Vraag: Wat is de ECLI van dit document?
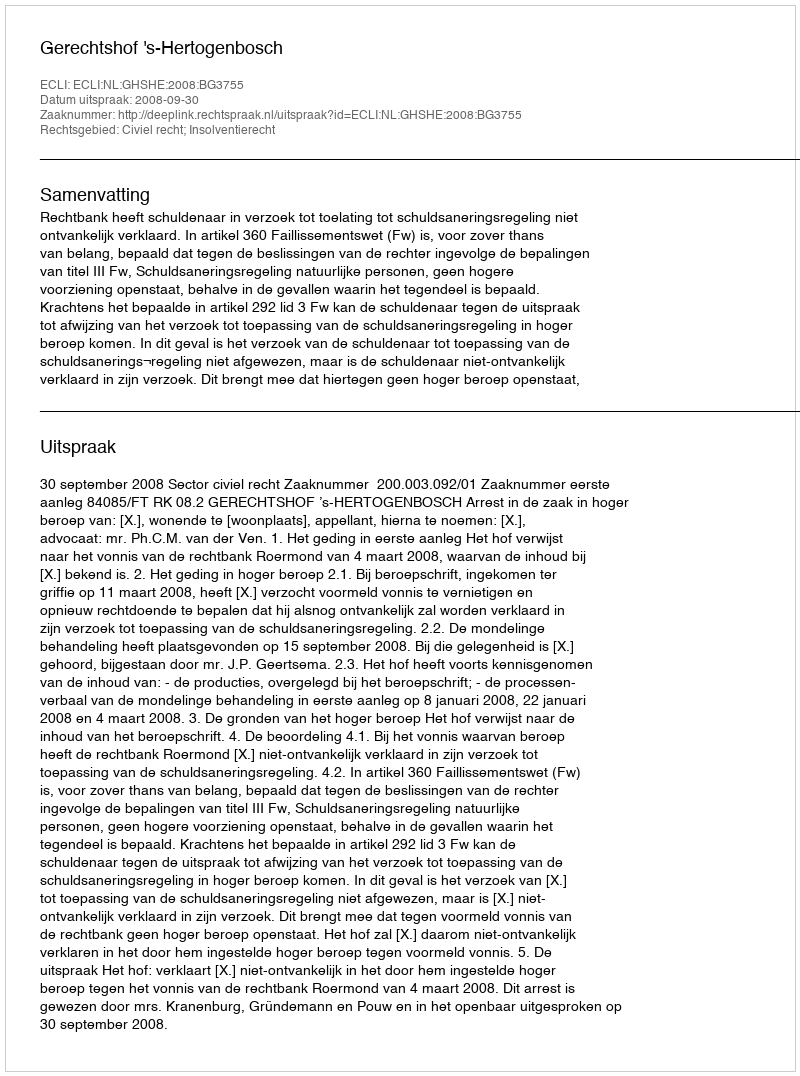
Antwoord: ECLI:NL:GHSHE:2008:BG3755